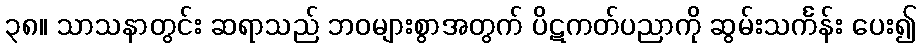
၃၈။ သာသနာတွင်း ဆရာသည် ဘဝများစွာအတွက် ပိဋကတ်ပညာကို ဆွမ်းသင်္ကန်း ပေး၍